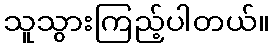
သူသွားကြည့်ပါတယ်။